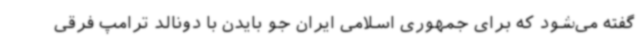
گفته می‌شود که برای جمهوری اسلامی ایران جو بایدن با دونالد ترامپ فرقی